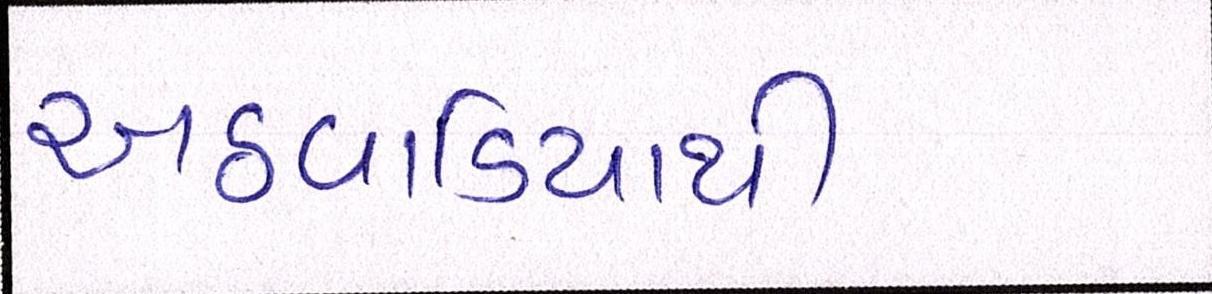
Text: અઠવાડિયાથી